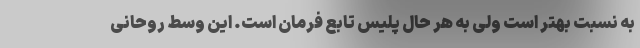
به نسبت بهتر است ولی به هر حال پلیس تابع فرمان است. این وسط روحانی